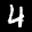
Label: 4